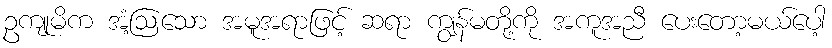
ဥကျုမိက အံ့ဩသော အမူအရာဖြင့် ဆရာ ကျွန်မတို့ကို အကူအညီ ပေးတော့မယ်ပေါ့